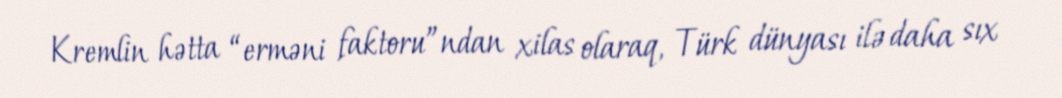
Kremlin hətta “erməni faktoru”ndan xilas olaraq, Türk dünyası ilə daha sıx